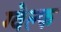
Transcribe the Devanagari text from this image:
ग्वेल्फ